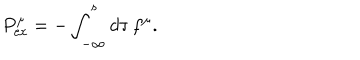
LaTeX: { P } _ { \mathrm { e x } } ^ { \mu } = - \int _ { - \infty } ^ { s } d \tau \, f ^ { \mu } .